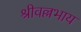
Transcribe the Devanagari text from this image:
श्रीवल्लभाय